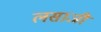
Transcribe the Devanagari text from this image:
लसाजी